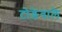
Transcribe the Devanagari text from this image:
टोड़ेवाले